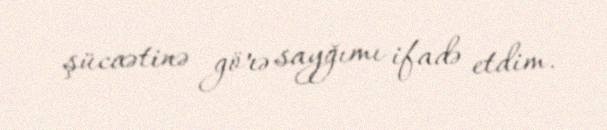
şücaətinə görə sayğımı ifadə etdim.